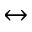
\leftrightarrow